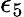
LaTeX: \epsilon_{5}